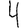
Digit: 4